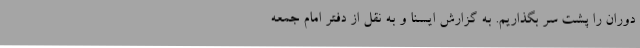
دوران را پشت سر بگذاریم. به گزارش ایسنا و به نقل از دفتر امام جمعه